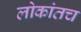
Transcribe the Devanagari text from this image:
लोकांतच